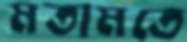
মতামতে